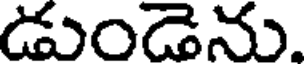
డుండెను.